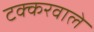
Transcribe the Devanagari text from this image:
टक्करवाले